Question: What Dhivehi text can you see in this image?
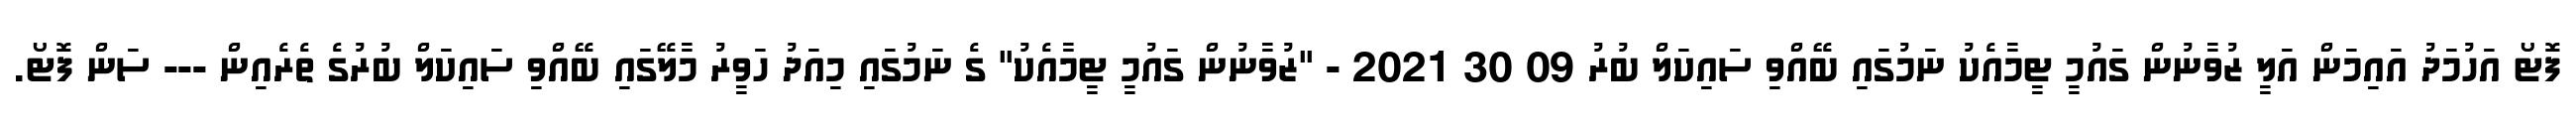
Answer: ފޮޓޯ އަހުމަދު އައިމަން އަލީ ޒުވާނުން ގައުމީ ޓީމާއެކު ނަމުގައި ބޭއްވި ސައިކަލް ބުރު 09 30 2021 - "ޒުވާނުން ގައުމީ ޓީމާއެކު" ގެ ނަމުގައި މިއަދު ހަވީރު މާލޭގައި ބޭއްވި ސައިކަލް ބުރުގެ ތެރެއިން --- ސަން ފޮޓޯ.